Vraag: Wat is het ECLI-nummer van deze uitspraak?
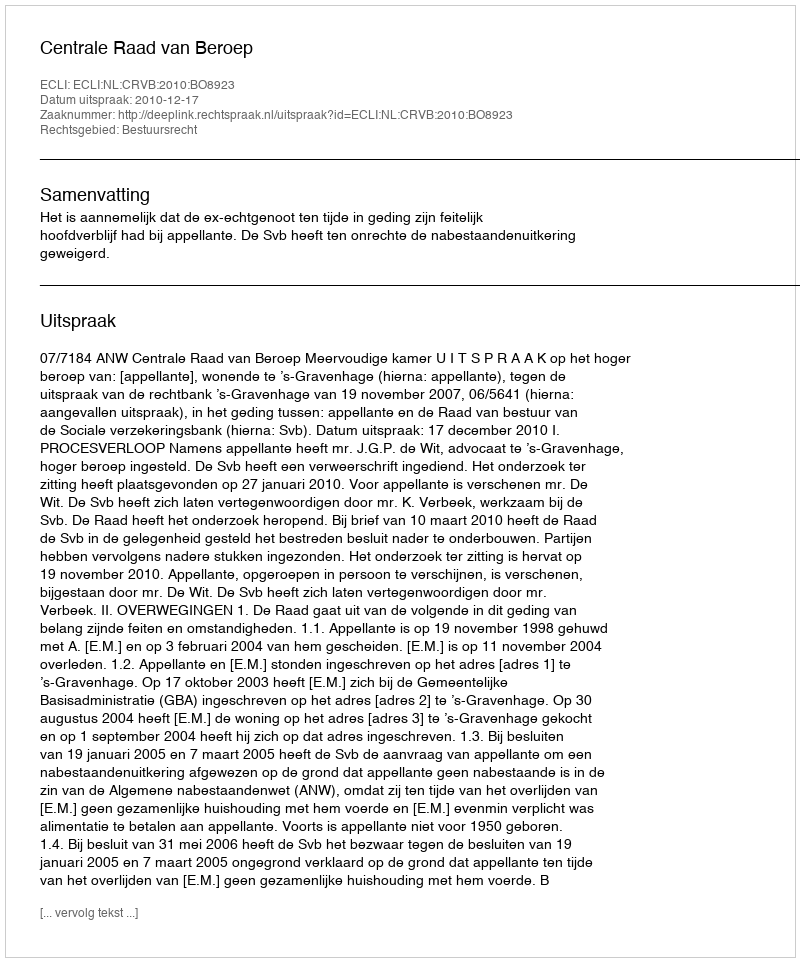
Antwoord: ECLI:NL:CRVB:2010:BO8923